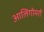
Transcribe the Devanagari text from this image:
आलिगोमरों